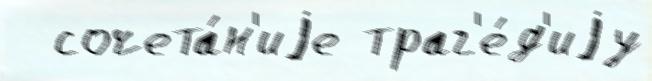
  сочета́н'иjе траг'е́д'иjу